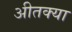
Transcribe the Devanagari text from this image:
अीतक्या